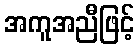
အကူအညီဖြင့်